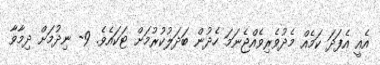
އެއީ އެފަދަ ކަމެއް މެދުވެރިވެއްޖެނަމަ ހެދުން ބަދަލުކުރުމަށް ޓަކައެވެ. 9- ނިދުމަށް ދިމާވާ